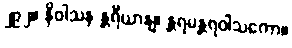
၂၉၂။ နိဝါသန န္တရီယာနျ၊ န္တရမန္တရဝါသကော။